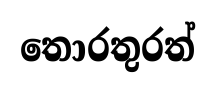
තොරතුරත්